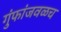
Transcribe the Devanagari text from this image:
गुंफांजवळच